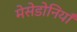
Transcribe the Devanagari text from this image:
मेसेडोनियाँ